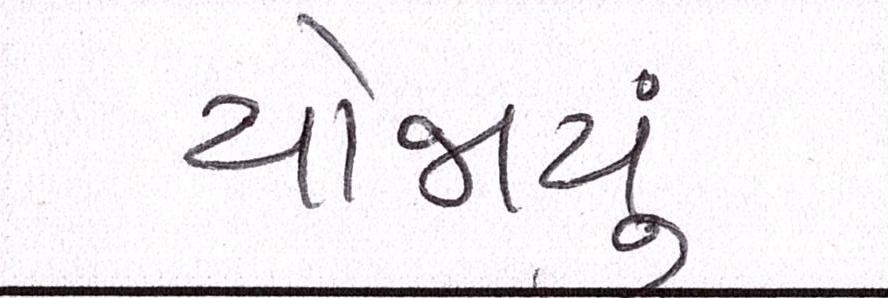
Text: યોજાયું